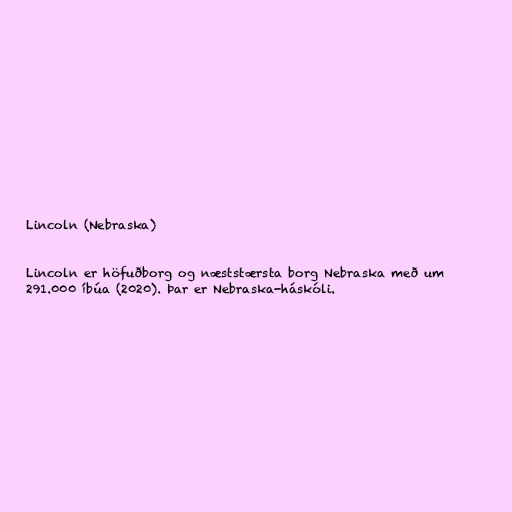
Lincoln (Nebraska)

Lincoln er höfuðborg og næststærsta borg Nebraska með um
291.000 íbúa (2020). Þar er Nebraska-háskóli.